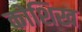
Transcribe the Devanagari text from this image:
कोशिख